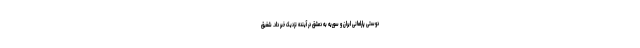
دوستی پارلمانی ایران و سوریه به دمشق در آینده نزدیک خبر داد. شفیق